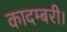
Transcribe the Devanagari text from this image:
कादम्बरी।